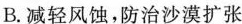
B.减轻风蚀，防治沙漠扩张